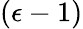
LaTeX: (\epsilon-1)